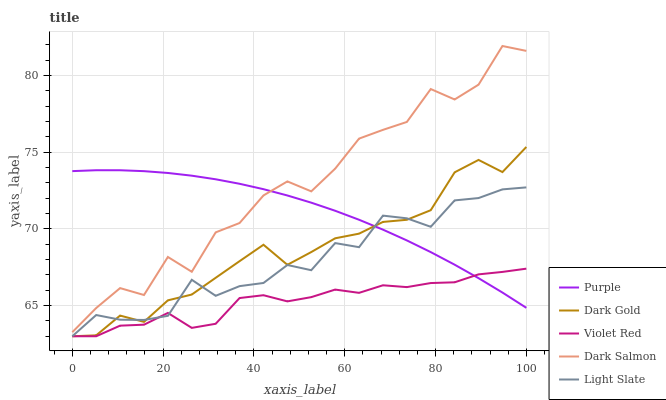
| xaxis_label | Purple | Dark Gold | Violet Red | Dark Salmon | Light Slate |
 | --- | --- | --- | --- | --- | --- |
 | 0 | 73.8 | 63 | 63 | 63.3 | 63 |
 | 5.26 | 73.8 | 63.1 | 63 | 64.8 | 64.4 |
 | 10.5 | 73.8 | 64.3 | 63.7 | 66.1 | 64.1 |
 | 15.8 | 73.8 | 63.9 | 63.8 | 65.7 | 64.1 |
 | 21.1 | 73.6 | 65.3 | 64.5 | 68.2 | 64.3 |
 | 26.3 | 73.5 | 65.7 | 63.5 | 67.2 | 66.7 |
 | 31.6 | 73.2 | 66.8 | 63.8 | 69.8 | 65.6 |
 | 36.8 | 72.9 | 67.9 | 65.5 | 70.4 | 66.3 |
 | 42.1 | 72.6 | 69 | 65.7 | 72.2 | 66.5 |
 | 47.4 | 72.2 | 67.7 | 65.3 | 73.1 | 67.6 |
 | 52.6 | 71.7 | 68.5 | 65.5 | 72.4 | 67.3 |
 | 57.9 | 71.2 | 69.4 | 66 | 73.9 | 69.1 |
 | 63.2 | 70.6 | 69.7 | 65.8 | 75.9 | 68.8 |
 | 68.4 | 69.9 | 70.5 | 66.3 | 76.5 | 70.9 |
 | 73.7 | 69.2 | 70.6 | 66.2 | 77 | 70.7 |
 | 78.9 | 68.5 | 71.2 | 66.5 | 79.1 | 70.1 |
 | 84.2 | 67.7 | 73.7 | 66.5 | 78.4 | 71.9 |
 | 89.5 | 66.8 | 74.5 | 67 | 79.4 | 72 |
 | 94.7 | 65.8 | 73.7 | 67.2 | 81.9 | 72.6 |
 | 100 | 64.9 | 75.3 | 67.4 | 81.6 | 72.7 |